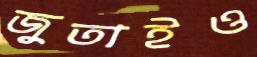
জুতাইও